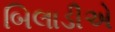
બિલાડીએ